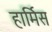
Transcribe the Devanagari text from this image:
हार्मिस